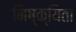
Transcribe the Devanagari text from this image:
निष्क्यिता